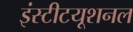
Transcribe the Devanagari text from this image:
इंस्‍टीटयूशनल